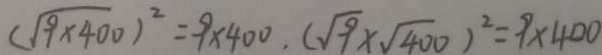
\sqrt { 9 \times 4 0 0 } ^ { 2 } = 9 \times 4 0 0 , ( \sqrt { 9 } \times \sqrt { 4 0 0 } ) ^ { 2 } = 9 \times 4 0 0